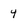
Character: 4